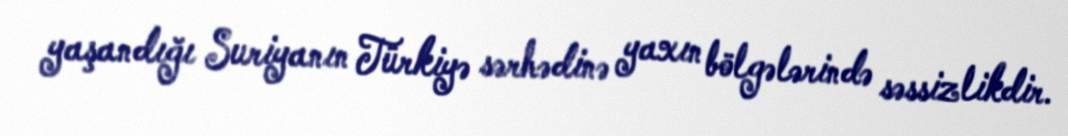
yaşandığı Suriyanın Türkiyə sərhədinə yaxın bölgələrində səssizlikdir.